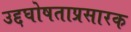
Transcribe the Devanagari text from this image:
उद्दघोषताप्रसारक